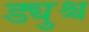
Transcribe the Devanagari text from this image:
ड्युश्च